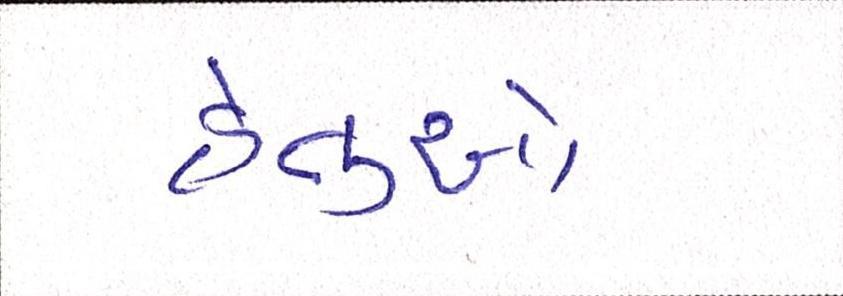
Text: હેતુઓ